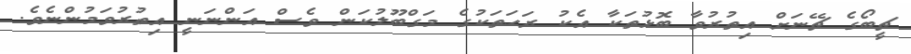
ޗީބޯގެ ޗޭނަށް އިތުރުވާ ބޮޅުތަކާ އެކު ރަހަތަކުގެ މަގްބޫލުކަން ވެސް އަންނަނީ އިތުރުވަމުންނެވެ.